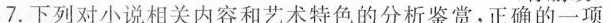
7.下列对小说相关内容和艺术特色的分析鉴赏.正确的一项